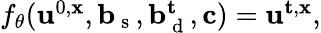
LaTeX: \begin{array}{r}{f_{\theta}(\mathbf{u}^{0,\mathbf{x}},\mathbf{b}_{\mathrm{~s~}},\mathbf{b}_{\mathrm{~d~}}^{\mathbf{t}},\mathbf{c})=\mathbf{u}^{\mathbf{t},\mathbf{x}},}\end{array}